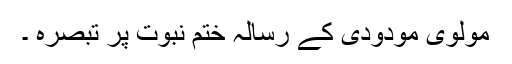
مولوی مودودی کے رسالہ ختم نبوت پر تبصرہ ۔